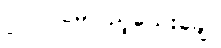
၂၀၀ပင်မပြည့်သေးချေ။